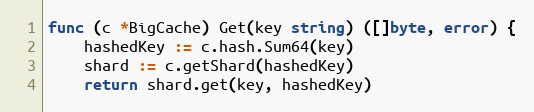
Language: Go
func (c *BigCache) Get(key string) ([]byte, error) {
	hashedKey := c.hash.Sum64(key)
	shard := c.getShard(hashedKey)
	return shard.get(key, hashedKey)